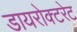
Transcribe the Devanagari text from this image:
डायरोक्टरेट